Lunatic asylums Bombay report 1878-1890 - 1878-1890
Year: 1878
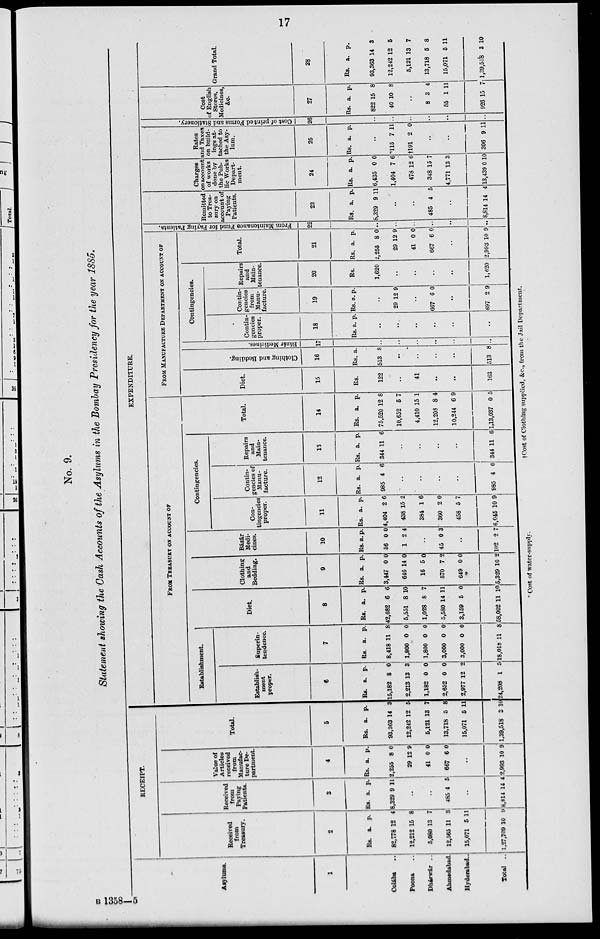
17
No. 9.
Statement showing the Cash Accounts of the Asylums in the Bombay Presidency for the year 1885.
Asylums.
1
Colába ..
Poona ..
Dhárwár ..
Ahmedabad.
Hyderabad ..
Total ..
RECEIPT.
Received
from
Treasury.
2
Rs.
82,778
12,212
5,080
12,565
15,071
1,27,709
a.
12
15
13
11
5
10
p.
4
8
7
3
11
9
Received
from
Paying
Patients.
3
Rs.
8,329
a.
9
p.
11
..
..
485 4 5
..
8,814 14 4
Value of
Articles
received
from
Manufac-
ture De-
partment.
4
Rs.
2,255
29
41
667
a.
8
12
0
6
p.
0
9
0
0
..
2,993 10 9
Total.
5
Rs.
93,363
12,242
5,121
13,718
15,071
1,39,518
a.
14
12
13
5
5
3
p.
3
5
7
8
11
10
EXPENDITURE.
FROM TREASURY ON ACCOUNT OF
Establishment.
Establish-
ment
proper.
6
Rs.
15,182
2,213
1,182
2,652
2,977
24,208
a.
8
13
0
0
12
1
p.
0
3
0
0
2
5
Superin-
tendence.
7
Rs.
8,418
1,800
1,800
3,000
3,000
18,018
a.
11
0
0
0
0
11
p.
8
0
0
0
0
8
Diet.
8
Rs.
42,682
5,551
1,028
5,580
3,159
58,002
a.
6
8
8
14
5
11
p.
6
10
7
11
0
10
Clothing
and
Bedding,
9
Rs.
3,447
646
16
570
649
5,329
a.
0
14
5
7
0
10
p.
0
0
0
2
0
2
Bázár
Medi-
cines.
10
Rs.
56
1
a.
0
2
p.
0
4
..
45
..
102
0
..
2
3
..
7
Contingencies.
Con-
tingencies
proper.
11
Rs.
4,404
438
384
360
458
6,045
a.
2
15
1
2
5
10
p.
6
2
6
0
7
9
Contin-
gencies of
Manu-
facture.
12
Rs.
985
a.
4
p.
6
..
..
..
..
985 4 6
Repairs
and
Main-
tenance.
13
Rs.
344
a.
11
p.
6
..
..
..
..
344 11 6
Total.
14
Rs.
75,520
10,652
4,410
12,208
10,244
1,13,037
a.
12
5
15
8
6
0
p.
8
7
1
4
9
5
FROM MANUFACTURE DEPARTMENT ON ACCOUNT OF
Diet.
15
Rs.
122
..
41
..
..
163
Clothing and Bedding.
16
Rs.
513
a.
8
..
..
..
..
513 8
Bázár Medicines.
17
..
..
..
..
..
...
Contingencies.
Contin-
gencies
proper.
18
Rs. a.
p.
..
..
..
..
..
..
Contin-
gencies
from
Manu-
facture.
19
Rs.
a.
p.
..
29 12 9
..
667 6 0
..
697 2 9
Repairs
and
Main-
tenance.
20
Rs.
1,620
..
..
..
..
1,620
Total.
21
Rs.
2,255
29
41
665
a.
8
12
0
6
p.
0
9
0
0
..
2,993 10 9
Fr om Ma in
te
n a n c e Fund for Paying Patients.
22
..
..
..
..
..
Remitted
to Trea-
sury on
account of
Paying
Patients.
23
Rs.
8,329
a.
9
p.
11
..
..
485 4 5
..
8,814 14 4
Charges
on account
of works
done by
the Pub-
lic Works
Depart-
ment.
24
Rs.
6,435
1,404
478
348
4,771
13,439
a.
0
7
12
15
13
0
p.
0
6
6
7
3
10
Rates
and Taxes
on build-
ings at-
tached to
the Asy-
lum.
25
Rs. a. p.
..
*115
†l91
7
2
11
0
..
..
306 9 11
Cost of printed Forms and Stationery.
26
..
..
..
..
..
..
Cost
of English
Stores,
Medicines,
&c.
27
Rs.
822
40
a.
15
10
p.
8
8
..
8
55
926
3
1
15
4
11
7
Grand Total.
28
Rs.
93,363
12,242
5,121
13,718
15,071
1,39,518
a.
14
12
13
5
5
3
p.
3
5
7
8
11
10
*Cost of water-supply.
†Cost
of Clothing supplied, &c, from the Jail Department.